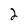
Character: 2